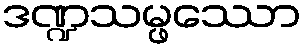
ဒဏ္ဍသမ္ဖဿော